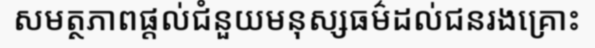
សមត្ថភាពផ្តល់ជំនួយមនុស្សធម៌ដល់ជនរងគ្រោះ